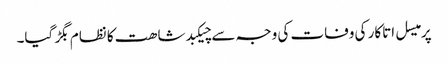
پرمیسل اتاکار کی وفات کی وجہ سے چیکبدشاھت کا نظام بگڑ گیا۔